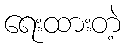
ရေးထားတဲ့